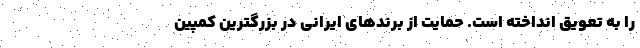
را به تعویق انداخته است. حمایت از برند‌های ایرانی در بزرگترین کمپین